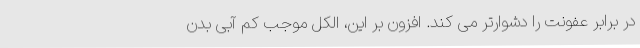
در برابر عفونت را دشوارتر می کند. افزون بر این، الکل موجب کم آبی بدن